Source: Handwritten
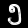
Digit: ၅ (5)